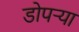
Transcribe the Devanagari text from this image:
डोपर्‍या